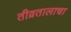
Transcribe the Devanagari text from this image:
तीव्रतालाचा